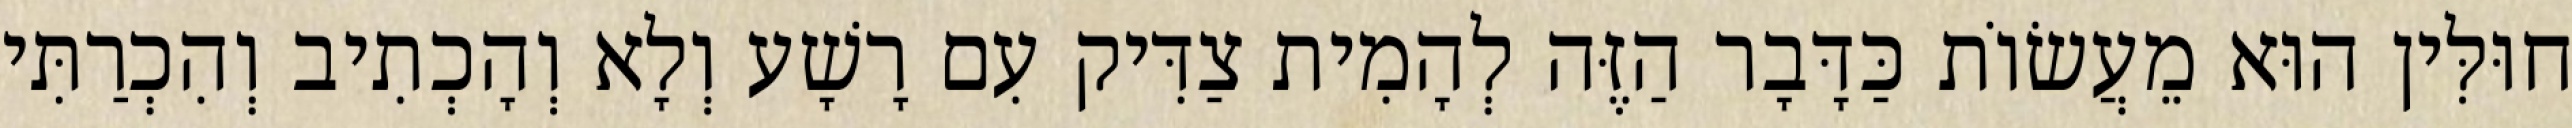
חוּלִּין הוּא מֵעֲשׂוֹת כַּדָּבָר הַזֶּה לְהָמִית צַדִּיק עִם רָשָׁע וְלָא וְהָכְתִיב וְהִכְרַתִּי